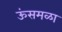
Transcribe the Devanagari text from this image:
ऊंसमळा